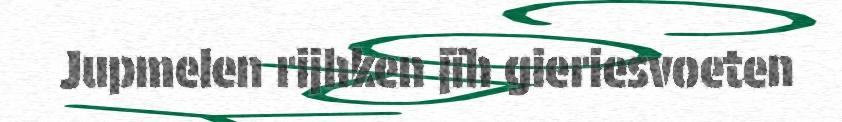
Jupmelen rijhken jïh gieriesvoeten